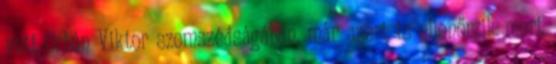
vett Orbán Viktor szomszédságában, már azért is ellenőrzik mert